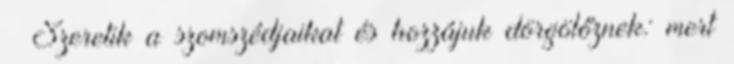
Szeretik a szomszédjaikat és hozzájuk dörgölőznek: mert